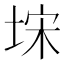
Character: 𭎥